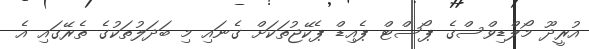
އުރީދޫ މޯލްޑިވްސްގެ ޕޯސްޓް ޕެއިޑް ޕެކޭޖުތަކަށް ގެނައި މި ބަދަލުތަކުގެ ތެރޭގައި އެ